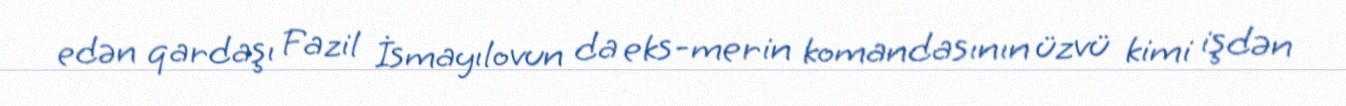
edən qardaşı Fazil İsmayılovun da eks-merin komandasının üzvü kimi işdən